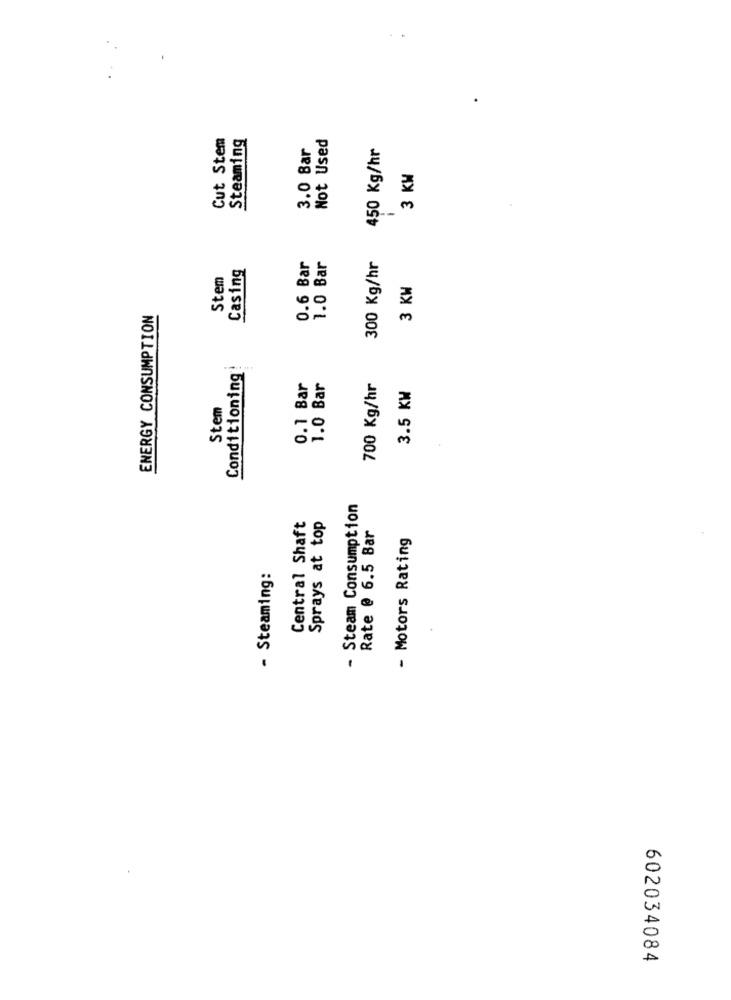
Cut Stem
Steaming
Not Used
3.0 Bar
450 Kg/hr
3 KM
Casing
0.6 Bar
1.0 Bar
300 Kg/hr
Stem
3 KW
ENERGY CONSUMPTION
Conditioning
0.1 Bar
1.0 Bar
700 Kg/hr
3.5 KM
Stem
. Steam Consumption
Central Shaft
Sprays at top
Rate @ 6.5 Bar
- Motors Rating
- Steaming:
602034084